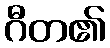
ဂီတ၏